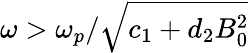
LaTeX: \omega>\omega_{p}/\sqrt{c_{1}+d_{2}B_{0}^{2}}